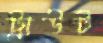
ট্রাউট